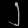
Digit: ၂